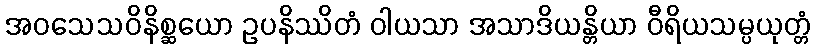
အဝသေသဝိနိစ္ဆယော ဥပနိဿိတံ ဝါယသာ အသာဒိယန္တိယာ ဝီရိယသမ္ပယုတ္တံ